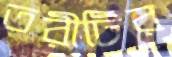
তরীটির